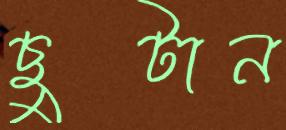
ছুটান